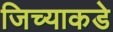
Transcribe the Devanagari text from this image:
जिच्याकडे